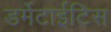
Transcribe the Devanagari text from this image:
डर्मेटाईटिस